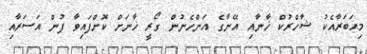
މިޙަބަރާއެކު ޝާހްރުކް ޚާނާއި އޭނާގެ އަންހެނުން ގޯރީ ޚާނަށް ކޮށްފައިވާ ފުން އަސަރާއި